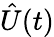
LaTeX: {\hat{U}}(t)